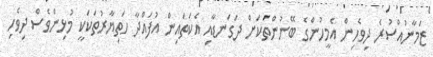
ޒަމާނުއްސުރެ ދިވެހިން އެމީހުންގެ ބޭނުންތަކަށް ދަގަނޑާއި އެކަތައިން އުފައްދާ ހަތިޔާރުތަކަކީ މުޅިންވެސް ދިވެހި